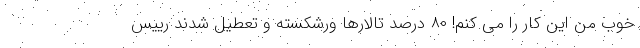
خوب من این کار را می کنم! ۸۰ درصد تالارها ورشکسته و تعطیل شدند رییس